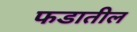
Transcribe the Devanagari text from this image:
फडातील